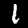
Label: 1